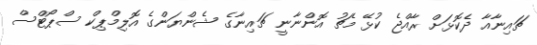
ޗައިނާއާ ދެކޮޅަށް ރާއްޖެ ކުޅޭ މެޗު އޮންނާނީ ޗައިނާގެ ޝެންޔަންގެ އޮލިމްޕިކް ސްޕޯޓްސް